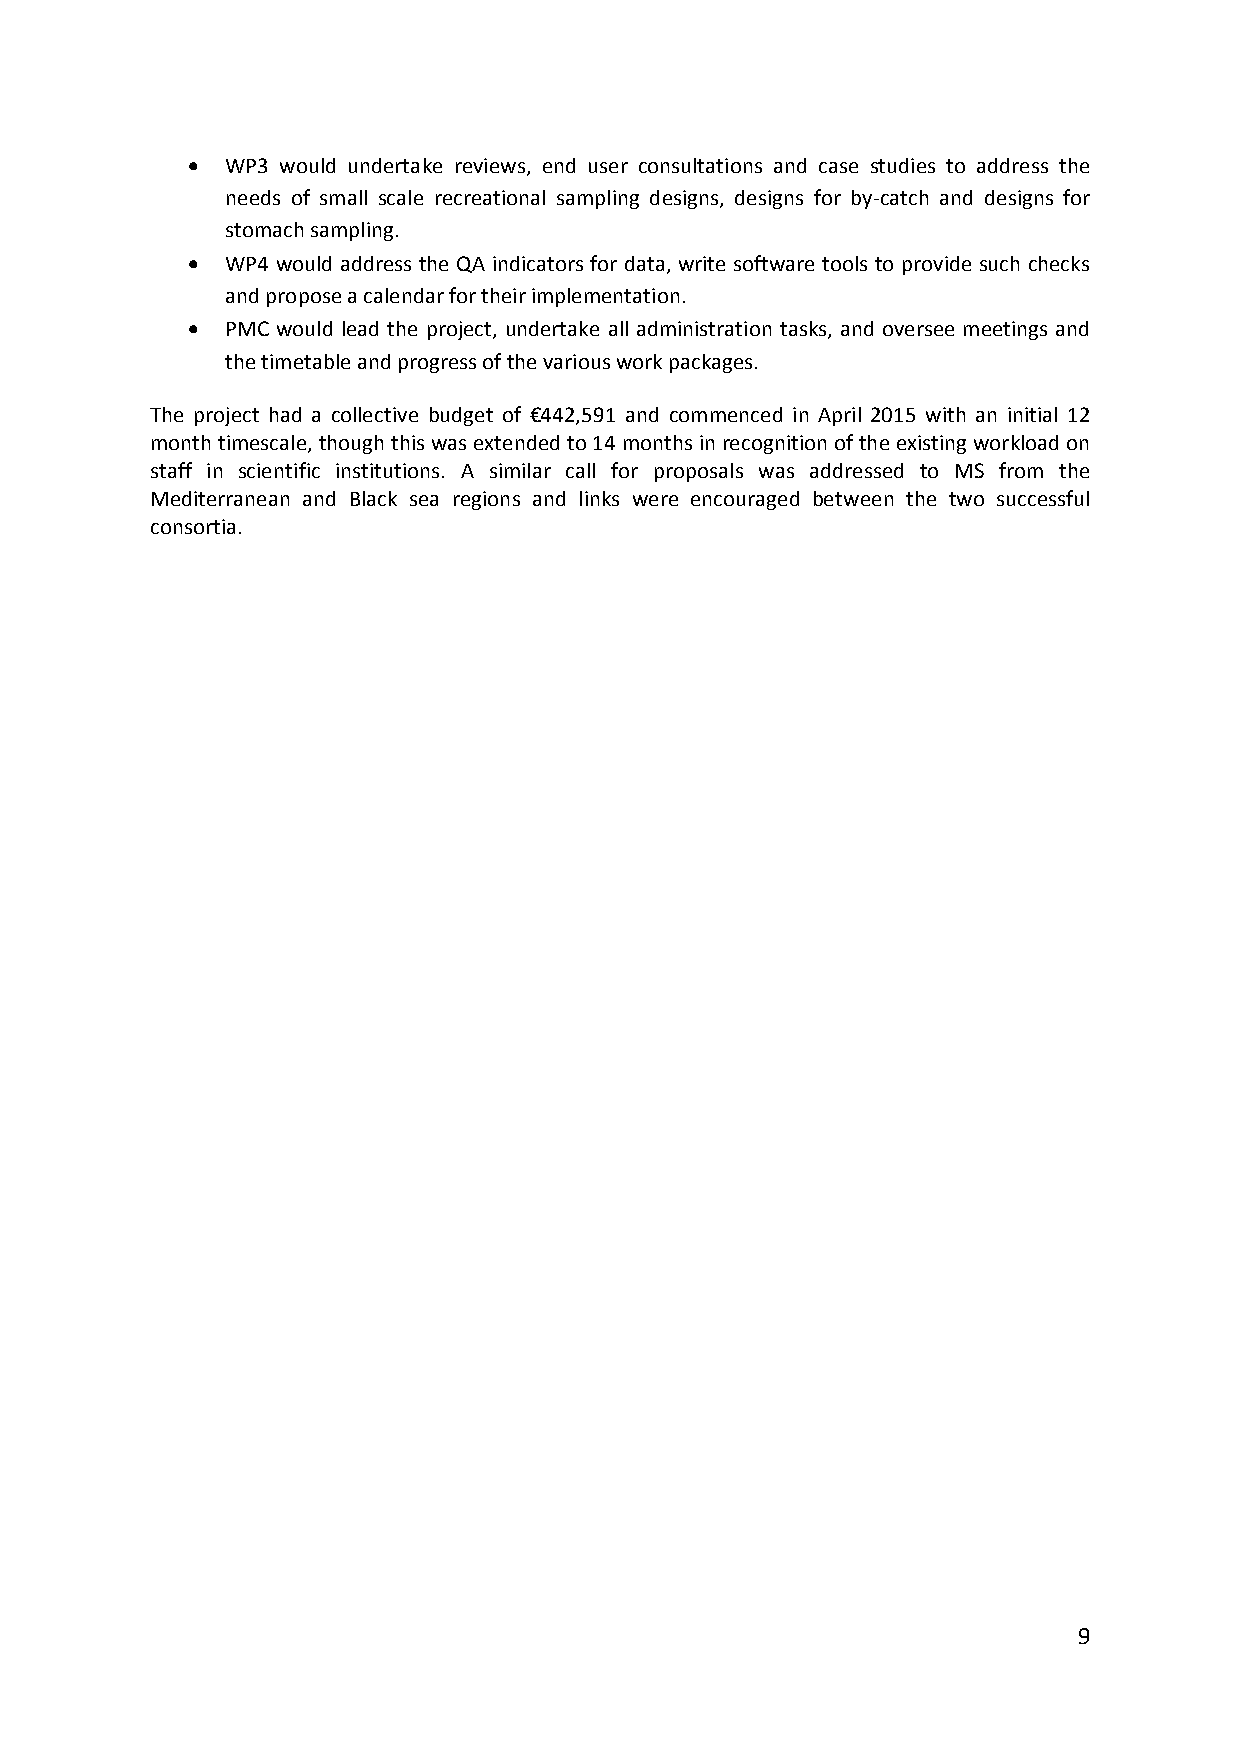
  WP3 would undertake reviews, end user consultations and case studies to address the
 needs of small scale recreational sampling designs, designs for by‐catch and designs for
 stomach sampling.
   WP4 would address the QA indicators for data, write software tools to provide such checks
 and propose a calendar for their implementation.
   PMC would lead the project, undertake all administration tasks, and oversee meetings and
 the timetable and progress of the various work packages.
 The project had a collective budget of €442,591 and commenced in April 2015 with an initial 12
 month timescale, though this was extended to 14 months in recognition of the existing workload on
 staff in scientific institutions. A similar call for proposals was addressed to MS from the
 Mediterranean and Black sea regions and links were encouraged between the two successful
 consortia.
 9